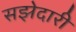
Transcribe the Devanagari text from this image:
सझेदारी